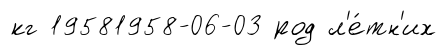
кг 19581958-06-03 род л'е́тн'их